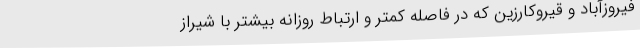
فیروزآباد و قیروکارزین که در فاصله کمتر و ارتباط روزانه بیشتر با شیراز